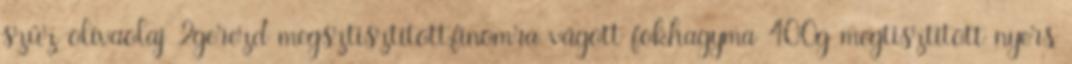
szűz olívaolaj 2gerezd megsztisztított,finomra vágott fokhagyma 400g megtisztított nyers